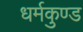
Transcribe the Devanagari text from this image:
धर्मकुण्ड